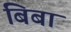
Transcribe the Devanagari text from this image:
बिबा